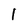
Character: l